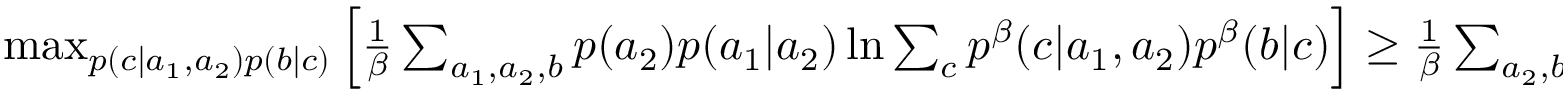
\begin{array} { r } { \operatorname* { m a x } _ { p ( c | a _ { 1 } , a _ { 2 } ) p ( b | c ) } \left[ { \frac { 1 } { \beta } \sum _ { a _ { 1 } , a _ { 2 } , b } p ( a _ { 2 } ) p ( a _ { 1 } | a _ { 2 } ) \ln { \sum _ { c } p ^ { \beta } ( c | a _ { 1 } , a _ { 2 } ) p ^ { \beta } ( b | c ) } } \right] \geq \frac { 1 } { \beta } \sum _ { a _ { 2 } , b } p ( a _ { 2 } ) \ln { \sum _ { c } \hat { p } ^ { \beta } ( c | a _ { 2 } ) \hat { p } ^ { \beta } ( b | c ) } . } \end{array}